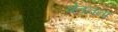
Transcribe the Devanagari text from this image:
चेतनना